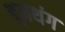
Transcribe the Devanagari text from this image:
बूमथंग